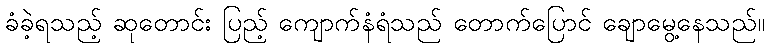
ခံခဲ့ရသည့် ဆုတောင်း ပြည့် ကျောက်နံရံသည် တောက်ပြောင် ချောမွေ့နေသည်။